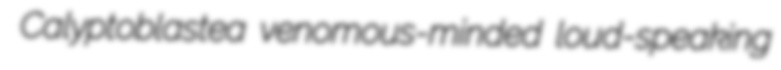
Calyptoblastea venomous-minded loud-speaking